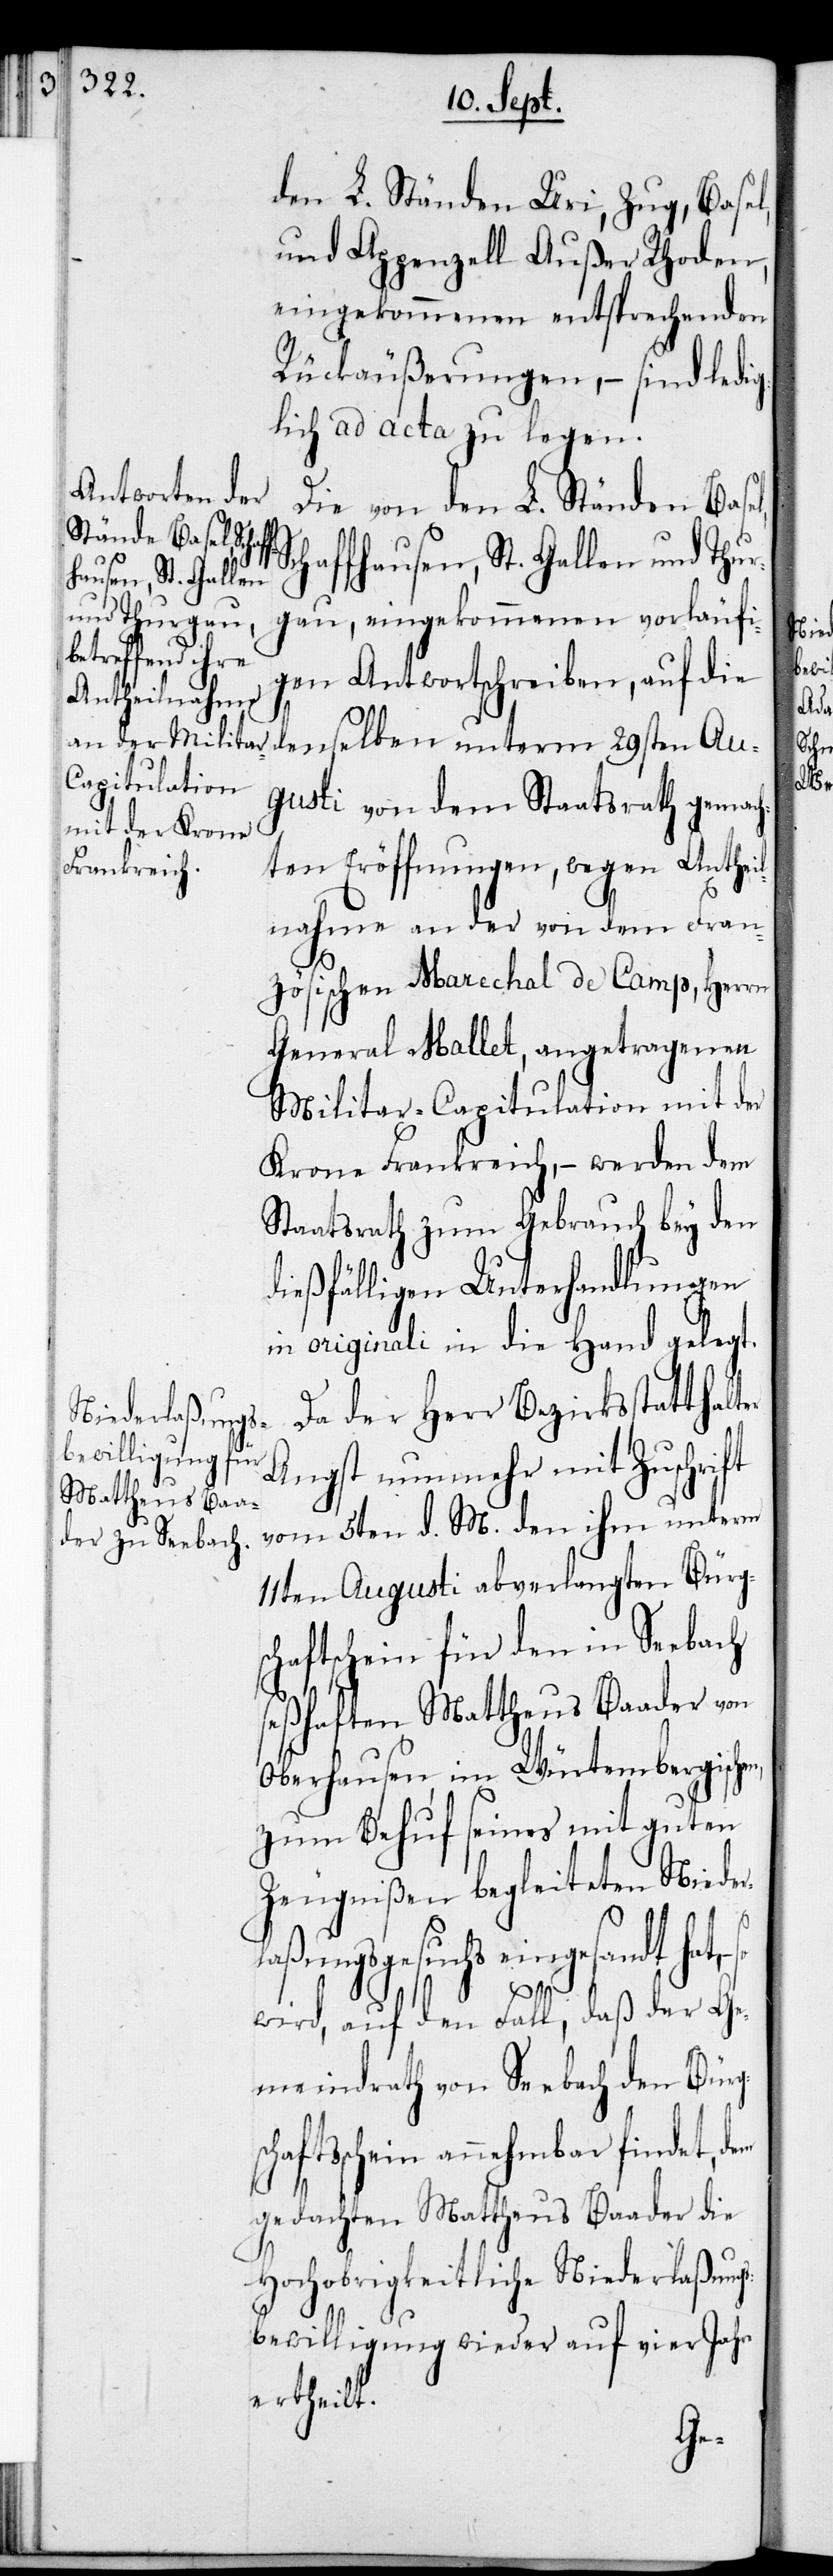
den L. Ständen Uri, Zug, Basel
und Appenzell Außer Rhoden,
eingekommenen entsprechenden
Rückäußerungen, – sind ledig¬
lich ad acta zu legen.
Die von den L. Ständen Base¬
chaffhausen, St. Gallen und Thur¬
gau, eingekommenen vorläufi¬
gen Antwortschreiben, auf die
S¬
denselben unterm 29sten Au¬
gusti von dem Staatsrath gemach¬
ten Eröffnungen, wegen Anthei¬
lnahme an der von dem Fran¬
zösischen Marechal de Camp, Herrn
General Mallet, angetragenen
Militar-Capitulation mit der
Krone Frankreich, – werden dem
Staatsrath zum Gebrauch bey den
dießfälligen Unterhandlungen
in originali in die Hand gelegt.
Da der Herr Bezirksstatthal¬
Angst nunmehr mit Zuschrift
vom 5ten d. M. den ihm unterm
11ten Augusti abverlangten Bürg¬
schaftschein für den in Seebach
seßhaften Mattheus Baader von
Oberhausen im Württembergischen,
zum Behuf seines mit guten
Zeugnißen begleiteten Nieder¬
l,
laßungsgesuchs eingesandt hat,
wird auf den Fall, daß der Ge¬
meindrath von Seebach den Bürgsc¬
haftsschein annehmbar findet, dem
gedachten Mattheus Baader die
Hochobrigkeitliche Niederlaßungs¬
bewilligung wieder auf vier Jahre
ertheilt.
ter